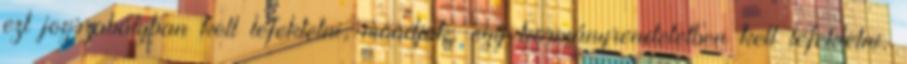
ezt jogszabályban kell lefektetni, mondjuk, egy kormányrendeletben kell lefektetni,